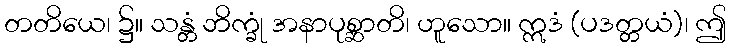
တတိယေ၊ ၌။ သန္တံ ဘိက္ခုံ အနာပုစ္ဆာတိ၊ ဟူသော။ ဣဒံ (ပဒတ္တယံ)၊ ဤ